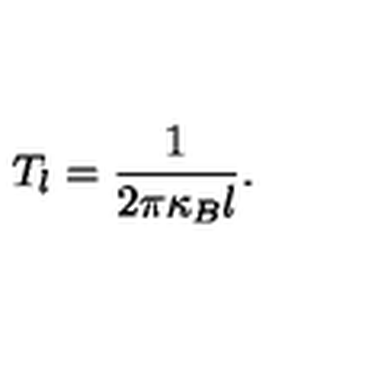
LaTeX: T _ { l } = \frac { 1 } { 2 \pi \kappa _ { B } l } .